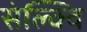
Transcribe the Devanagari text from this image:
सेल्क्वि